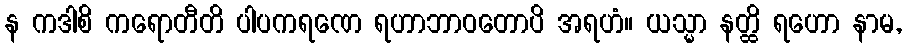
န ကဒါစိ ကရောတီတိ ပါပကရဏေ ရဟာဘာဝတောပိ အရဟံ။ ယသ္မာ နတ္ထိ ရဟော နာမ,